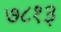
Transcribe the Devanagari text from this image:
७८१३